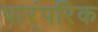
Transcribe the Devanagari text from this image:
पार्ंपरिक